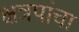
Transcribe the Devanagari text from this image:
क्षत्रपांचा